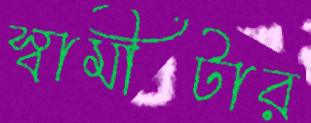
স্বামীটার